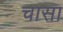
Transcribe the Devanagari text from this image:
चासा